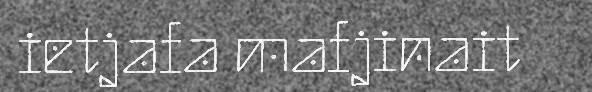
ietjafa mafjinait